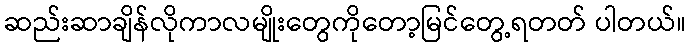
ဆည်းဆာချိန်လိုကာလမျိုးတွေကိုတော့မြင်တွေ့ရတတ် ပါတယ်။